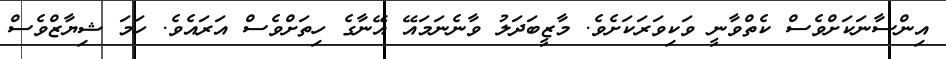
އިންސާނަކަށްވެސް ކެތްވާނީ ވަކިވަރަކަށެވެ. މާޒީބަދަލު ވާނެނަމައޭ އޭނާގެ ހިތަށްވެސް އަރައެވެ. ހަމަ ޝިޔާޒްވެސް